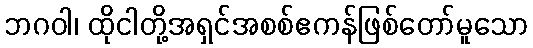
ဘဂဝါ၊ ထိုငါတို့အရှင်အစစ်ဧကန်ဖြစ်တော်မူသော